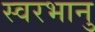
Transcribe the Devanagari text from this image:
स्वरभानु